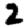
Digit: 2